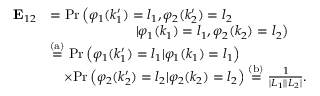
\begin{array} { r l } { \mathrm { \bf ~ E } _ { 1 2 } } & { = \mathrm { P r } \left( \varphi _ { 1 } ( k _ { 1 } ^ { \prime } ) = l _ { 1 } , \varphi _ { 2 } ( k _ { 2 } ^ { \prime } ) = l _ { 2 } \right. } \\ & { \qquad \qquad \qquad \left. | \varphi _ { 1 } ( k _ { 1 } ) = l _ { 1 } , \varphi _ { 2 } ( k _ { 2 } ) = l _ { 2 } \right) } \\ & { \stackrel { \mathrm { ( a ) } } { = } \mathrm { P r } \left( \varphi _ { 1 } ( k _ { 1 } ^ { \prime } ) = l _ { 1 } | \varphi _ { 1 } ( k _ { 1 } ) = l _ { 1 } \right) } \\ & { \quad \times \mathrm { P r } \left( \varphi _ { 2 } ( k _ { 2 } ^ { \prime } ) = l _ { 2 } | \varphi _ { 2 } ( k _ { 2 } ) = l _ { 2 } \right) \stackrel { \mathrm { ( b ) } } { = } \frac { 1 } { | { \cal L } _ { 1 } | | { \cal L } _ { 2 } | } . } \end{array}